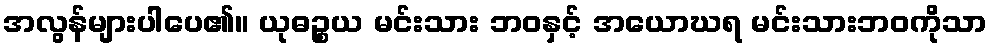
အလွန်များပါပေ၏။ ယုဓဉ္စယ မင်းသား ဘဝနှင့် အယောဃရ မင်းသားဘဝကိုသာ